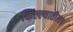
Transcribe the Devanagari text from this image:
किल्ल्यातीलच